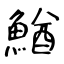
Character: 鰌